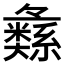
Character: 𱺌